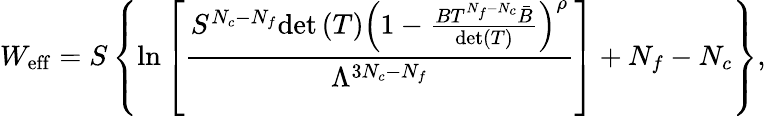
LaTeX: W_{\mathrm{eff}}=S\left\{ \ln\left[\frac{S^{N_{c}-N_{f}}\mathrm{det}\left(T\right)\left(1-\frac{BT^{N_{f}-N_{c}}\bar{B}}{\mathrm{det}(T)}\right)^{\rho}}{\Lambda^{3N_{c}-N_{f}}}\right]+N_{f}-N_{c}\right\} ,